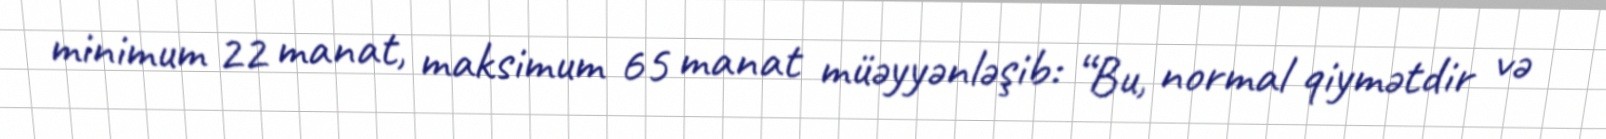
minimum 22 manat, maksimum 65 manat müəyyənləşib: “Bu, normal qiymətdir və